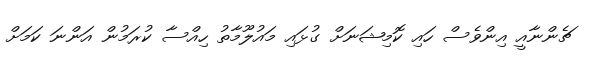
ޗެންނާއީ އިންވެސް ހައި ކޮމިޝަނަށް ގުޅައި މައުލޫމާތު ހިއްސާ ކުރަމުން އަންނަ ކަަމަށް